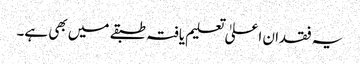
یہ فقدان اعلیٰ تعلیم یافتہ طبقے میں بھی ہے۔